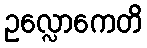
ဥလ္လောကေတိ